Report on vaccination in Madras 1922-1929 - 1922-1929
Year: 1922
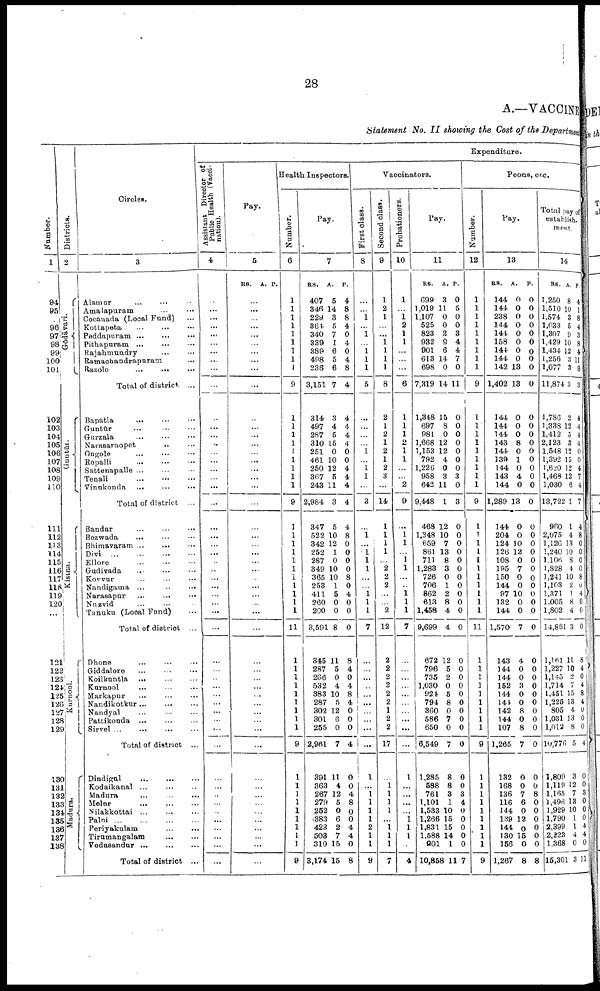
28
A.—VACCINE
Statement No. II showing the Cost of the Department
Number.
1
94
95
96
97
98
99
100
101
102
103
104
105
106
107
108
109
110
111
112
113
114
115
116
117
118
119
120
...
121
122
123
124
125
126
127
128
129
130
131
132
133
134
135
136
137
138
Districts.
2
Gōdāvari.
Guntūr.
Kistna.
Kurnool.
Madura.
Circles.
3
Alamur
...
...
. . .
Amalapuram
…
…
Cocanada (Local Fund) …
Kottapeta
…
…
…
Peddapuram
…
…
…
Pithapuram ...
…
…
Rajahmundry … …
Ramachandrapuram …
Razole
...
... …
Total of district. ...
Bapatla
... … …
Guntūr ... ... ...
Gurzala ... ... ...
Narasaraopet ... ...
Ongole ... ... ...
Repalli ... ... ...
Sattenapalle ... ... ...
Tenali
...
...
...
Vinukonda
...
...
...
Total of district ...
Bandar
...
...
...
Bezwada
... ... ...
Bhimavaram ...
...
...
Divi ... ... ...
Ellore
...
...
...
Gudivada ... ... ...
Korvur ... ... ...
Nandigama ...
...
...
Narasapur ... ... ...
Nuzvid ... ... ...
Tanuku (Local Fund) ...
Total of district ...
Dhone
...
...
...
Giddalore ... ... ...
Koilkuntla
...
...
...
Kurnool
...
...
...
Markapur ... ... ...
Nandikotkur...
...
...
Nandyal ... ... ...
Pattikonda ... ... ...
Sirvel
...
...
...
...
Total of district ...
Dindigul
...
...
...
Kodaikanal ... ... ...
Madura ... ... ...
Melur
...
...
...
Nilakkottai ... ... ...
Palni
...
...
...
...
Periyakulam ... ...
Tirumangalam
...
...
Vedasandur
...
...
...
Total of district ...
Expenditure.
Assistant Director of
Public Health (Vacci
nation).
4
…
...
...
...
...
…
...
…
…
…
…
...
...
...
...
...
...
...
...
...
...
...
...
...
...
...
...
...
...
...
...
...
...
...
...
...
...
...
...
...
...
...
...
...
...
...
...
...
...
...
...
...
Pay.
5
RS. A. P.
…
...
…
...
...
…
…
...
...
...
…
…
...
...
...
...
...
...
...
...
...
...
...
...
...
...
...
...
...
...
...
...
...
...
...
...
...
...
...
...
...
...
...
...
...
...
...
...
...
...
...
...
Health Inspectors.
Number.
6
1
1
1
1
1
1
1
1
1
9
1
1
1
1
1
1
1
1
1
9
1
1
1
1
1
1
1
1
1
1
1
11
1
1
1
1
1
1
1
1
1
9
1
1
1
1
1
1
1
1
1
9
Pay.
7
RS.
407
346
229
364
340
339
389
498
238
3,151
314
497
287
310
251
461
250
367
243
2,984
347
522
342
252
287
349
365
253
411
260
200
3,591
345
287
266
532
383
287
302
301
255
2,961
391
363
267
279
252
383
423
503
310
3,174
A.
5
14
3
5
7
1
6
5
6
7
3
4
5
15
0
10
12
5
11
3
5
10
12
1
0
10
10
1
5
0
0
8
11
5
0
4
10
5
12
6
0
7
11
4
12
5
0
6
2
7
15
15
P.
4
8
8
4
0
4
0
4
8
4
4
4
4
4
0
0
4
4
4
4
4
8
0
0
0
0
8
0
4
0
0
0
8
4
0
4
8
4
0
0
0
4
0
0
4
8
0
0
4
4
0
8
Vaccinators.
First class.
8
...
…
1
...
1
…
1
1
1
5
…
…
...
...
1
...
1
1
...
3
...
1
...
1
1
1
...
...
1
1
1
7
...
...
...
...
...
...
...
...
...
...
1
...
1
1
1
1
2
1
1
9
Second class.
9
1
2
1
…
...
1
1
1
1
8
2
1
2
1
2
1
2
3
...
14
1
1
1
1
...
2
2
2
...
...
2
12
2
2
2
2
2
2
1
2
2
17
...
1
1
1
1
...
1
1
1
7
Probationers.
10
1
…
1 2
1
1
…
...
...
6
1
1
1
2
1
1
...
...
2
9
...
1 1
...
1
1
...
...
1
1
1
7
...
...
...
...
...
...
...
...
...
...
1
...
...
...
...
1
1
1
...
4
Pay.
11
RS.
699
1,019
1,107
525
823
982
901
613
698
7,319
1,348
697
981
1,668
1,153
792
1,226
958
642
9,448
468
1,348
659
861
711
1,288
726
706
862
613
1,458
9,699
672
796
735
1,030
924
794
360
586
650
6,549
1,285
588
761
1,101
1,533
1,266
1,831
1,588
901
10,858
A.
3
11
0
0
2
9
6
14
0
14
15
8
0
12
12
4
0
3
11
1
12
10
7
13
8
3
0
1
2
8
4
4
12
5
2
0
5
8
0
7
0
7
8
8
3
1
10
15
15
14
1
11
P.
0
5
0
0
3
4
4
7
0
11
0
0
0
0
0
0
0
3
0
3
0
0
0
0
0
0
0
0
0
0
0
0
0
0
0
0
0
0
0
0
0
0
0
0
3
4
0
0
0
0
0
7
Peons, etc.
Number.
12
1
1
1
1
1
1
1
1
1
9
1
1
1
1
1
1
1
1
1
9
1
1
1
1
1
1
1
1
1
1
1
11
1
1
1
1
1
1
1
1
1
9
1
1
1
1
1
1
1
1
1
9
Pay.
13
RS.
144
144
238
144
144
158
144
144
142
1,402
144
144
144
143
144
139
144
143
144
1,289
144
204
124
126
108
195
150
144
97
132
144
1,570
143
144
144
152
144
144
142
144
107
1,265
132
168
136
116
144
139
144
130
156
1,267
A.
0
0
0
0
0
0
0
0
18
13
0
0
0
8
0
1
0
4
0
13
0
0
10
12
0
7
0
0
10
0
0
7
4
0
0
3
0
0
8
0
8
7
0
0
7
6
0
12
0
15
0
8
P.
0
0
0
0
0
0
0
0
0
0
0
0
0
0
0
0
0
0
0
0
0
0
0
0
0
0
0
0
0
0
0
0
0
0
0
0
0
0
0
0
0
0
0
0
8
0
0
0
0
0
0
8
Total pay of
establish¬
ment
14
RS.
1,250
1,510
1,574
1,033
1,307
1,429
1,434
1,256
1,077
11,874
1,786
1,338
1,412
2,123
1,548
1,392
1,620
1,468
1,030
13,722
960
2,075
1,126
1,240
1,106
1,828
1,241
1,103
1,371
1,005
1,802
14,861
1,161
1,227
1,145
1,714
1,451
1,225
805
1,031
1,012
10,776
1,809
1,119
1,165
1,496
1,929
1,790
2,399
2,223
1,368
15,301
A.
8
10
3
5
9
10
12
3
3
3
2
12
5
3
12
15
12
12
6
1
1
4
13
10
8
4
10
2
1
8
4
3
11
10
2
7
15
13
4
13
8
5
3
12
7
13
10
1
1
4
0
3
P.
4
1
8
4
3
8
4
11
8
3
4
4
4
4
0
0
4
7
4
7
4
8
0
0
0
0
8
0
4
0
0
0
8
4
0
4
8
4
0
0
0
4
0
0
3
0
0
0
4
4
0
11